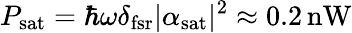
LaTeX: P_{\mathrm{sat}}=\hbar\omega\delta_{\mathrm{fsr}}|\alpha_{\mathrm{sat}}|^{2}\approx 0.2\operatorname{nW}